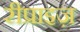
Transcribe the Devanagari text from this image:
रीप्राइज़